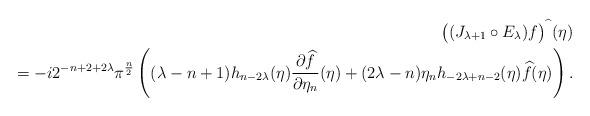
LaTeX: \begin{align*}\big((J_{\lambda +1} \circ E_\lambda)f\big)^{\widehat{\ }}(\eta) \\{} =-i2^{-n+2+2\lambda}\pi^{\frac{n}{2}}\left((\lambda-n+1)h_{n-2\lambda}(\eta) \frac{ \partial \widehat f }{\partial \eta_n} (\eta) +(2\lambda-n) \eta_n h_{-2\lambda+n-2} (\eta) \widehat f (\eta)\right).\end{align*}